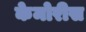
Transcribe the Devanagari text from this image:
केमोरीस